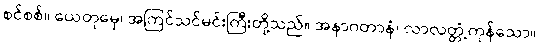
စင်စစ်။ ယေတုမှေ၊ အကြင်သင်မင်းကြီးတို့သည်။ အနာဂတာနံ၊ လာလတ္တံ့ကုန်သော။